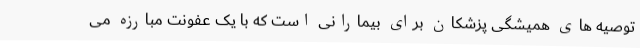
توصیه های همیشگی پزشکان برای بیمارانی است که با یک عفونت مبارزه می